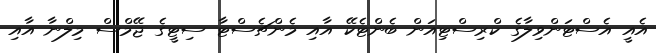
އެއީ އެސްޓަންވިލާގެ ކްރިސްޓިއަން ބެންޓެކޭ އާއި މެންޗެސްޓާ ސިޓީގެ ޖޭމްސް މިލްނާ އާއި